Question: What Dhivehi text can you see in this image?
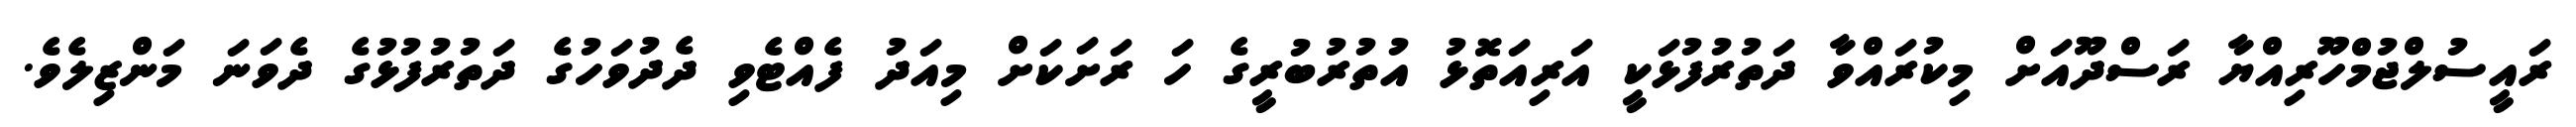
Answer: ރައީސުލްޖުމްހޫރިއްޔާ ރަސްދޫއަށް މިކުރައްވާ ދަތުރުފުޅަކީ އަރިއަތޮޅު އުތުރުބުރީގެ ހަ ރަށަކަށް މިއަދު ފެއްޓެވި ދެދުވަހުގެ ދަތުރުފުޅުގެ ދެވަނަ މަންޒިލެވެ.